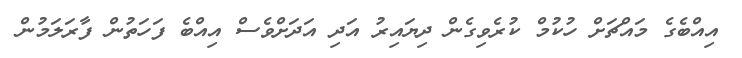
އިއްބެގެ މައްޗަށް ހުކުމް ކުރެވިގެން ދިޔައިރު އަދި އަދަށްވެސް އިއްބެ ފަހަތުން ފާރަލަމުން